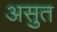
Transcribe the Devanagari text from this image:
असुत